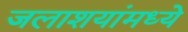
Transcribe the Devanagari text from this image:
जलाशयांमध्ये